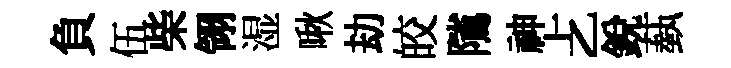
負伍柴翎湿啾劫皎隲神𠧒銳蓺